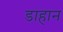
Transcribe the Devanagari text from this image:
डाहान